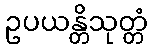
ဥပယန္တိသုတ္တံ